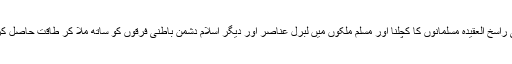
یعنی راسخ العقیدہ مسلمانوں کا کچلنا اور مسلم ملکوں میں لبرل عناصر اور دیگر اسلام دشمن باطنی فرقوں کو ساتھ ملا کر طاقت حاصل کرنا ۔